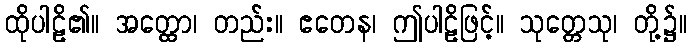
ထိုပါဠိ၏။ အတ္ထော၊ တည်း။ ဧတေန၊ ဤပါဠိဖြင့်။ သုတ္တေသု၊ တို့၌။